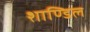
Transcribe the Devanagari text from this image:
शाण्डिल